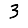
Digit: 3